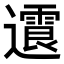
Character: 𨘍